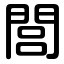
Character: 閭